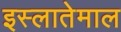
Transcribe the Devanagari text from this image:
इस्लातेमाल